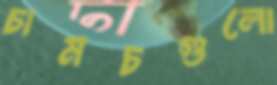
চামচগুলো